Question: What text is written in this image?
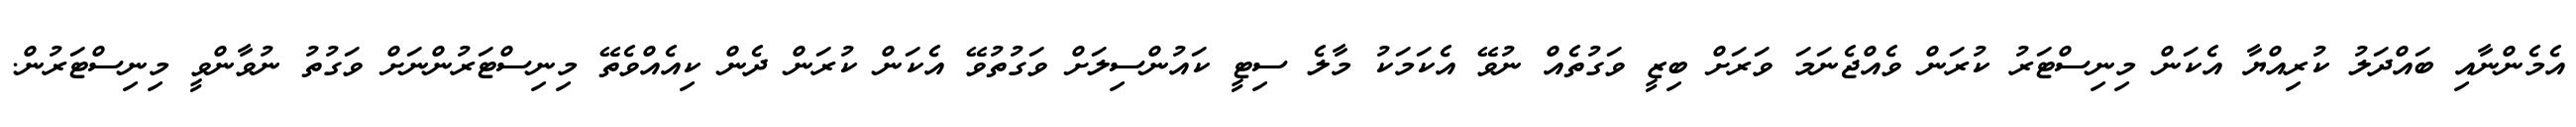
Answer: އެމެންނާއި ބައްދަލު ކުރިއްޔާ އެކަން މިނިސްޓަރު ކުރަން ވެއްޖެނަމަ ވަރަށް ބިޒީ ވަގުތެއް ނުވޭ އެކަމަކު މާލެ ސިޓީ ކައުންސިލަށް ވަގުތުވޭ އެކަން ކުރަން ދެން ކިއެއްވެތޭ މިނިސްޓަރުންނަށް ވަގުތު ނުވާންވީ މިނިސްޓަރުން.